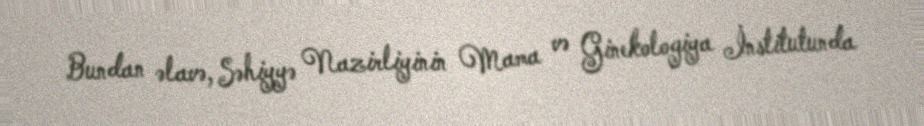
Bundan əlavə, Səhiyyə Nazirliyinin Mama və Ginekologiya İnstitutunda